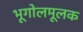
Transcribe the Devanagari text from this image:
भूगोलमूलक